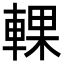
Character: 輠